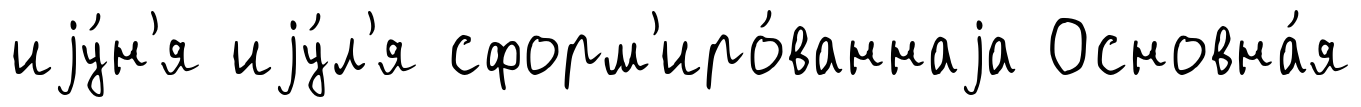
иjу́н'я иjу́л'я сформ'иро́ваннаjа Основна́я